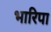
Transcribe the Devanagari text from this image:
भारिपा